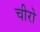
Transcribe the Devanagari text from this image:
चीरो